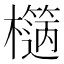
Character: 𣞬